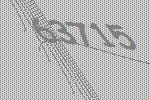
63715